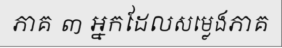
ភាគ ៣ អ្នកដែលសម្លេងភាគ